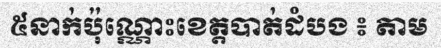
៥នាក់ប៉ុណ្ណោះខេត្តបាត់ដំបង ៖ តាម